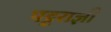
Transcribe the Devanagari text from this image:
पट्टराज्ञी